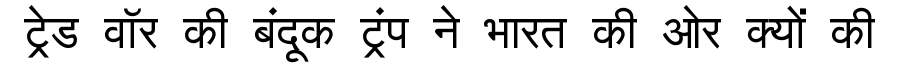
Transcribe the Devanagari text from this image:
ट्रेड वॉर की बंदूक ट्रंप ने भारत की ओर क्यों की